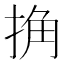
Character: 捔